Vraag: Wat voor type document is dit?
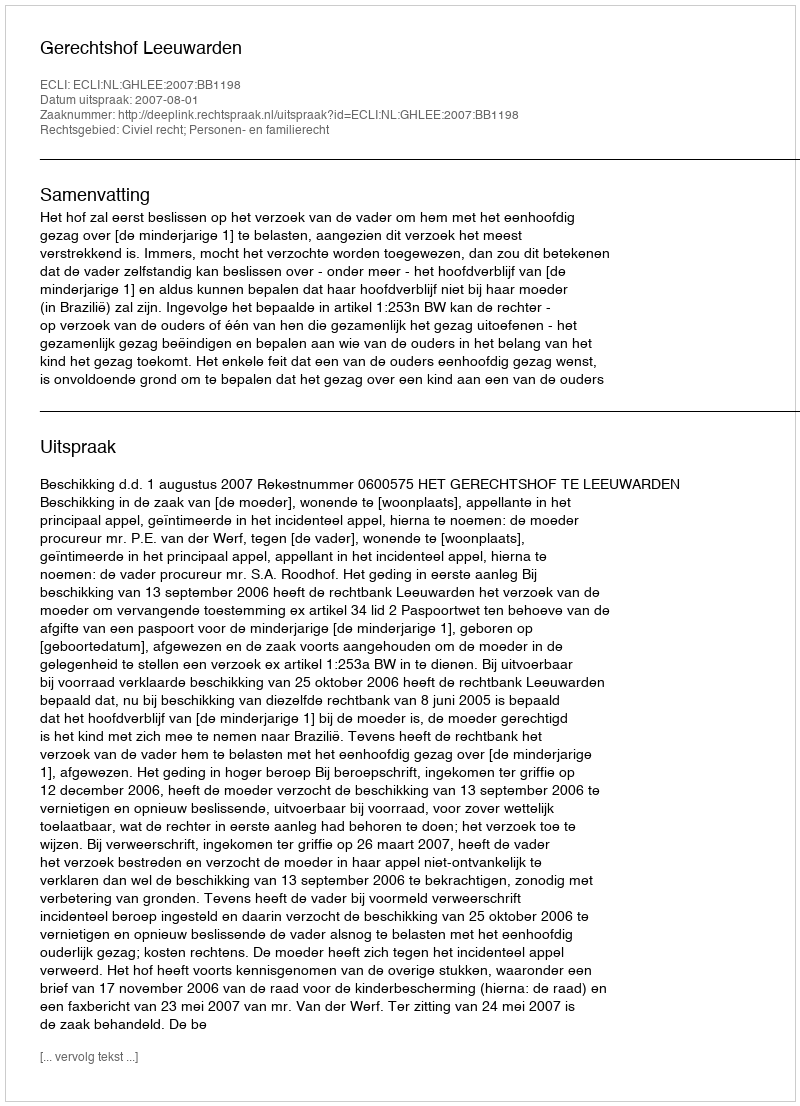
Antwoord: Uitspraak